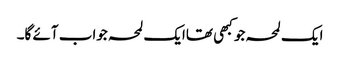
ایک لمحہ جو کبھی تھاایک لمحہ جواب آئے گا۔